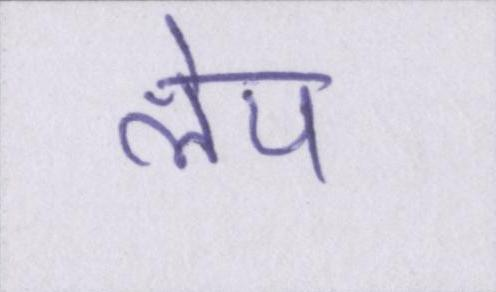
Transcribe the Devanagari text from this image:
लेय